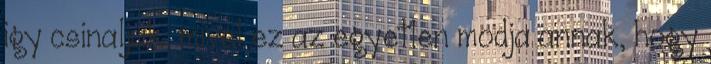
igy csinaljak, mivel ez az egyetlen modja annak, hogy